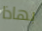
بهاذا